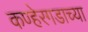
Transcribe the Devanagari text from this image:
कण्हेरगडाच्या